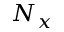
N _ { x }